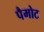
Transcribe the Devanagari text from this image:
पैमोट